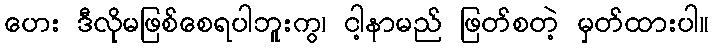
ဟေး ဒီလိုမဖြစ်စေရပါဘူးကွ၊ ငါ့နာမည် ဖြတ်စတဲ့ မှတ်ထားပါ။